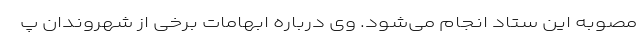
مصوبه این ستاد انجام می‌شود. وی درباره ابهامات برخی از شهروندان پ